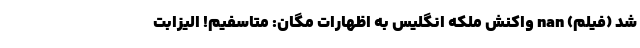
شد (فیلم) nan واکنش ملکه انگلیس به اظهارات مگان: متاسفیم! الیزابت